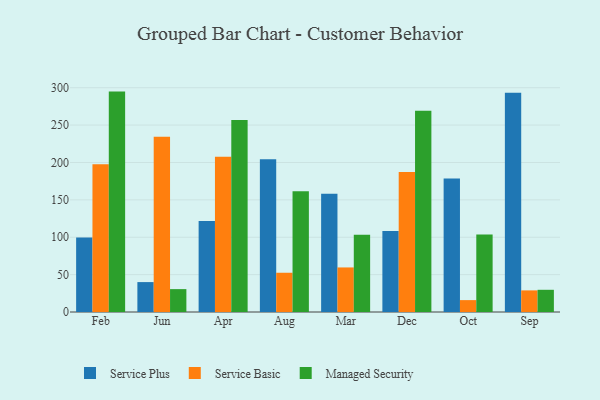
{"axis": {"x": "Month", "y": "LTV (USD)"}, "legend": ["Managed Security", "Service Basic", "Service Plus"], "data": [{"x": "Feb", "y": 99.6, "type": "Service Plus"}, {"x": "Feb", "y": 197.6, "type": "Service Basic"}, {"x": "Feb", "y": 294.8, "type": "Managed Security"}, {"x": "Jun", "y": 40.0, "type": "Service Plus"}, {"x": "Jun", "y": 234.4, "type": "Service Basic"}, {"x": "Jun", "y": 30.6, "type": "Managed Security"}, {"x": "Apr", "y": 121.8, "type": "Service Plus"}, {"x": "Apr", "y": 207.8, "type": "Service Basic"}, {"x": "Apr", "y": 256.9, "type": "Managed Security"}, {"x": "Aug", "y": 204.4, "type": "Service Plus"}, {"x": "Aug", "y": 52.5, "type": "Service Basic"}, {"x": "Aug", "y": 161.4, "type": "Managed Security"}, {"x": "Mar", "y": 158.3, "type": "Service Plus"}, {"x": "Mar", "y": 59.6, "type": "Service Basic"}, {"x": "Mar", "y": 103.4, "type": "Managed Security"}, {"x": "Dec", "y": 108.3, "type": "Service Plus"}, {"x": "Dec", "y": 187.4, "type": "Service Basic"}, {"x": "Dec", "y": 269.1, "type": "Managed Security"}, {"x": "Oct", "y": 178.4, "type": "Service Plus"}, {"x": "Oct", "y": 15.9, "type": "Service Basic"}, {"x": "Oct", "y": 103.8, "type": "Managed Security"}, {"x": "Sep", "y": 293.1, "type": "Service Plus"}, {"x": "Sep", "y": 28.9, "type": "Service Basic"}, {"x": "Sep", "y": 29.7, "type": "Managed Security"}]}